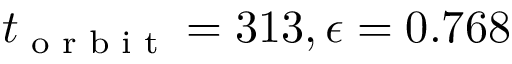
t _ { \textrm { o r b i t } } = 3 1 3 , \epsilon = 0 . 7 6 8